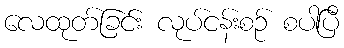
လေထုတ်ခြင်း လုပ်ငန်းစဉ် စပါပြီ